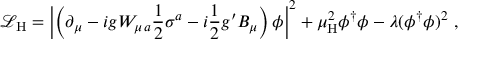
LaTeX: { \mathcal { L } } _ { \mathrm { H } } = \left| \left( \partial _ { \mu } - i g W _ { \mu \, a } { \frac { 1 } { 2 } } \sigma ^ { a } - i { \frac { 1 } { 2 } } g ^ { \prime } B _ { \mu } \right) \phi \right| ^ { 2 } + \mu _ { \mathrm { H } } ^ { 2 } \phi ^ { \dagger } \phi - \lambda ( \phi ^ { \dagger } \phi ) ^ { 2 } \ ,